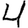
Digit: 4